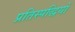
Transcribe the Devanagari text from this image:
प्रतिस्पद्धियों